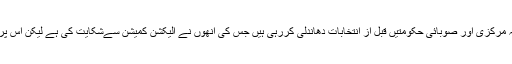
انھوں نے الزام لگایا کہ مرکزی اور صوبائی حکومتیں قبل از انتخابات دھاندلی کررہی ہیں جس کی انھوں نے الیکشن کمیشن سےشکایت کی ہے لیکن اس پر کوئی جواب نہیں ملا۔